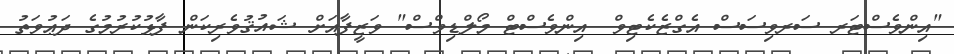
"އިންވެސްޓަރ ސަރވިސަސް އެގްޒެކެޓިވް  އިންވެސްޓް މޯލްޑިވްސް" ވަޒީފާއަށް ޝައުޤުވެރިކަން ފާޅުކުރުމުގެ ދަޢުވަތު